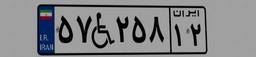
۶۴W۴۴۸۶۰